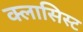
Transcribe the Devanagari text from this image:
क्लासिस्ट